Report on vaccination in Madras 1877-1894 - 1877-1894
Year: 1877
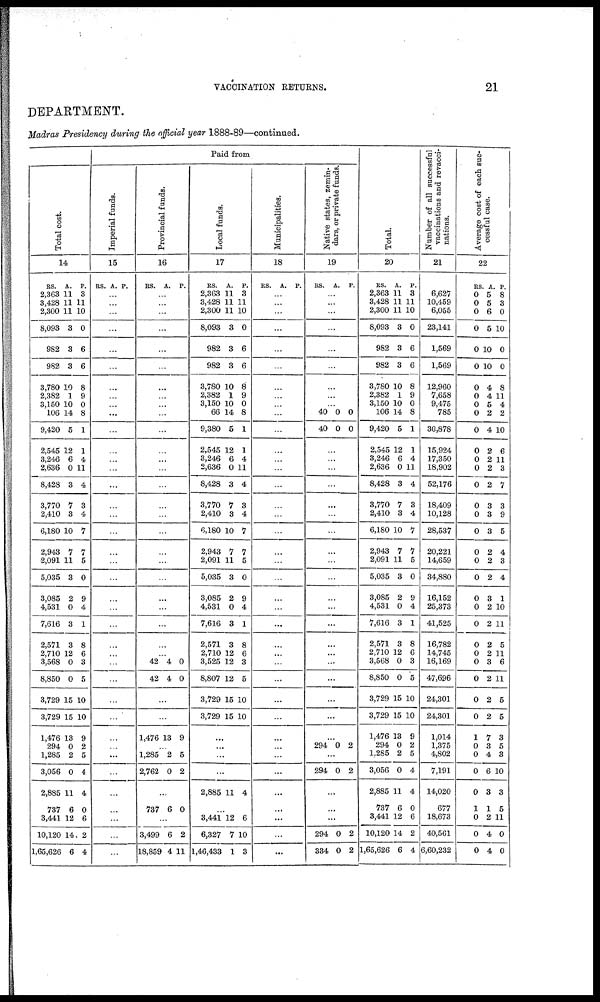
VACCINATION RETURNS.
21
DEPARTMENT.
Madras Presidency during the official year 1888-89—continued.
Total cost.
14
RS.
2,363
3,428
2,300
8,093
982
982
3,780
2,382
3,150
106
9,420
2,545
3,246
2,636
8,428
3,770
2,410
6,180
2,943
2,091
5,035
3,085
4,531
7,616
2,571
2,710
3,568
8,850
3,729
3,729
1,476
294
1,285
3,056
2,885
737
3,441
10,120
1,65,626
A.
11
11
11
3
3
3
10
1
10
14
5
12
6
0
3
7
3
10
7
11
3
2
0
3
3
12
0
0
15
15
13
0
2
0
11
6
12
14
6
P.
8
11
10
0
6
6
8
9
0
8
1
1
4
11
4
3
4
7
7
5
0
9
4
1
8
6
3
5
10
10
9
2
5
4
4
0
6
2
4
Paid from
Imperial funds.
15
RS. A. P.
...
...
...
...
...
...
...
...
...
...
...
...
...
...
...
...
...
...
...
...
...
...
...
...
...
...
...
...
...
...
...
...
...
...
...
...
...
...
...
Provincial funds.
16
RS. A. P.
...
...
...
...
...
...
...
...
...
...
...
...
...
...
...
...
...
...
...
...
...
...
...
...
...
...
42
42
4
4
0
0
...
...
1,476 13 9
...
1,285
2,762
2
0
5
2
...
737 6 0
...
3,499
18,859
6
4
2
11
Local funds.
17
RS.
2,363
3,428
2,300
8,093
982
982
3,780
2,382
3,150
66
9,380
2,545
3,246
2,636
8,428
3,770
2,410
6,180
2,943
2,091
5,035
3,085
4,531
7,616
2,571
2,710
3,525
8,807
3,729
3,729
A.
11
11
11
3
3
3
10
1
10
14
5
12
6
0
3
7
3
10
7
11
3
2
0
3
3
12
12
12
15
15
P.
3
11
10
0
6
6
8
9
0
8
1
1
4
11
4
3
4
7
7
5
0
9
4
1
8
6
3
5
10
10
...
...
...
...
2,885 11 4
...
3,441
6,327
1,46,433
12
7
1
6
10
3
Municipalities.
18
RS. A. P.
...
...
...
...
...
...
...
...
...
...
...
...
...
...
...
...
...
...
...
...
...
...
...
...
...
...
...
...
...
...
...
...
...
...
...
...
...
...
...
Native states, zemin-
dars, or private funds.
19
RS. A. P.
...
...
...
...
...
...
...
...
...
40
40
0
0
0
0
...
...
...
...
...
...
...
...
...
...
...
...
...
...
...
...
...
...
...
...
294 0 2
...
294 0 2
...
...
...
294
334
0
0
2
2
Total.
20
RS.
2,363
3,428
2,300
8,093
982
982
3,780
2,382
3,150
106
9,420
2,545
3,246
2,636
8,428
3,770
2,410
6,180
2,943
2,091
5,035
3,085
4,531
7,616
2,571
2,710
3,568
8,850
3,729
3,729
1,476
294
1,285
3,056
2,885
737
3,441
10,120
1,65,626
A.
11
11
11
3
3
3
10
1
10
14
5
12
6
0
3
7
3
10
7
11
3
2
0
3
3
12
0
0
15
15
13
0
2
0
11
6
12
14
6
P.
3
11
10
0
6
6
8
9
0
8
1
1
4
11
4
3
4
7
7
5
0
9
4
1
8
6
3
5
10
10
9
2
5
4
4
0
6
2
4
Number of all successful
vaccinations and revacci¬
nations.
21
6,627
10,459
6,055
23,141
1,569
1,569
12,960
7,658
9,475
785
30,878
15,924
17,350
18,902
52,176
18,409
10,128
28,537
20,221
14,659
34,880
16,152
25,373
41,525
16,782
14,745
16,169
47,696
24,301
24,301
1,014
1,375
4,802
7,191
14,020
677
18,673
40,561
6,60,232
Average cost of each suc-
cessful case.
22
RS.
0
0
0
0
0
0
0
0
0
0
0
0
0
0
0
0
0
0
0
0
0
0
0
0
0
0
0
0
0
0
1
0
0
0
0
1
0
0
0
A.
5
5
6
5
10
10
4
4
5
2
4
2
2
2
2
3
3
3
2
2
2
3
2
2
2
2
3
2
2
2
7
3
4
6
3
1
2
4
4
P.
8
3
0
10
0
0
8
11
4
2
10
6
11
3
7
3
9
5
4
3
4
1
10
11
5
11
6
11
5
5
3
5
3
10
3
5
11
0
0